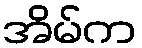
အိမ်က